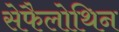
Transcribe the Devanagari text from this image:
सेफैलोथिन